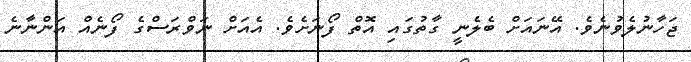
ޖަހާނުލެވުނެވެ. އޭނައަށް ބެލެނީ ގާތުގައި އޮތް ފޯނަށެވެ. އެއަށް ނަވްރަސްގެ ފޯނެއް އަންނާނެ